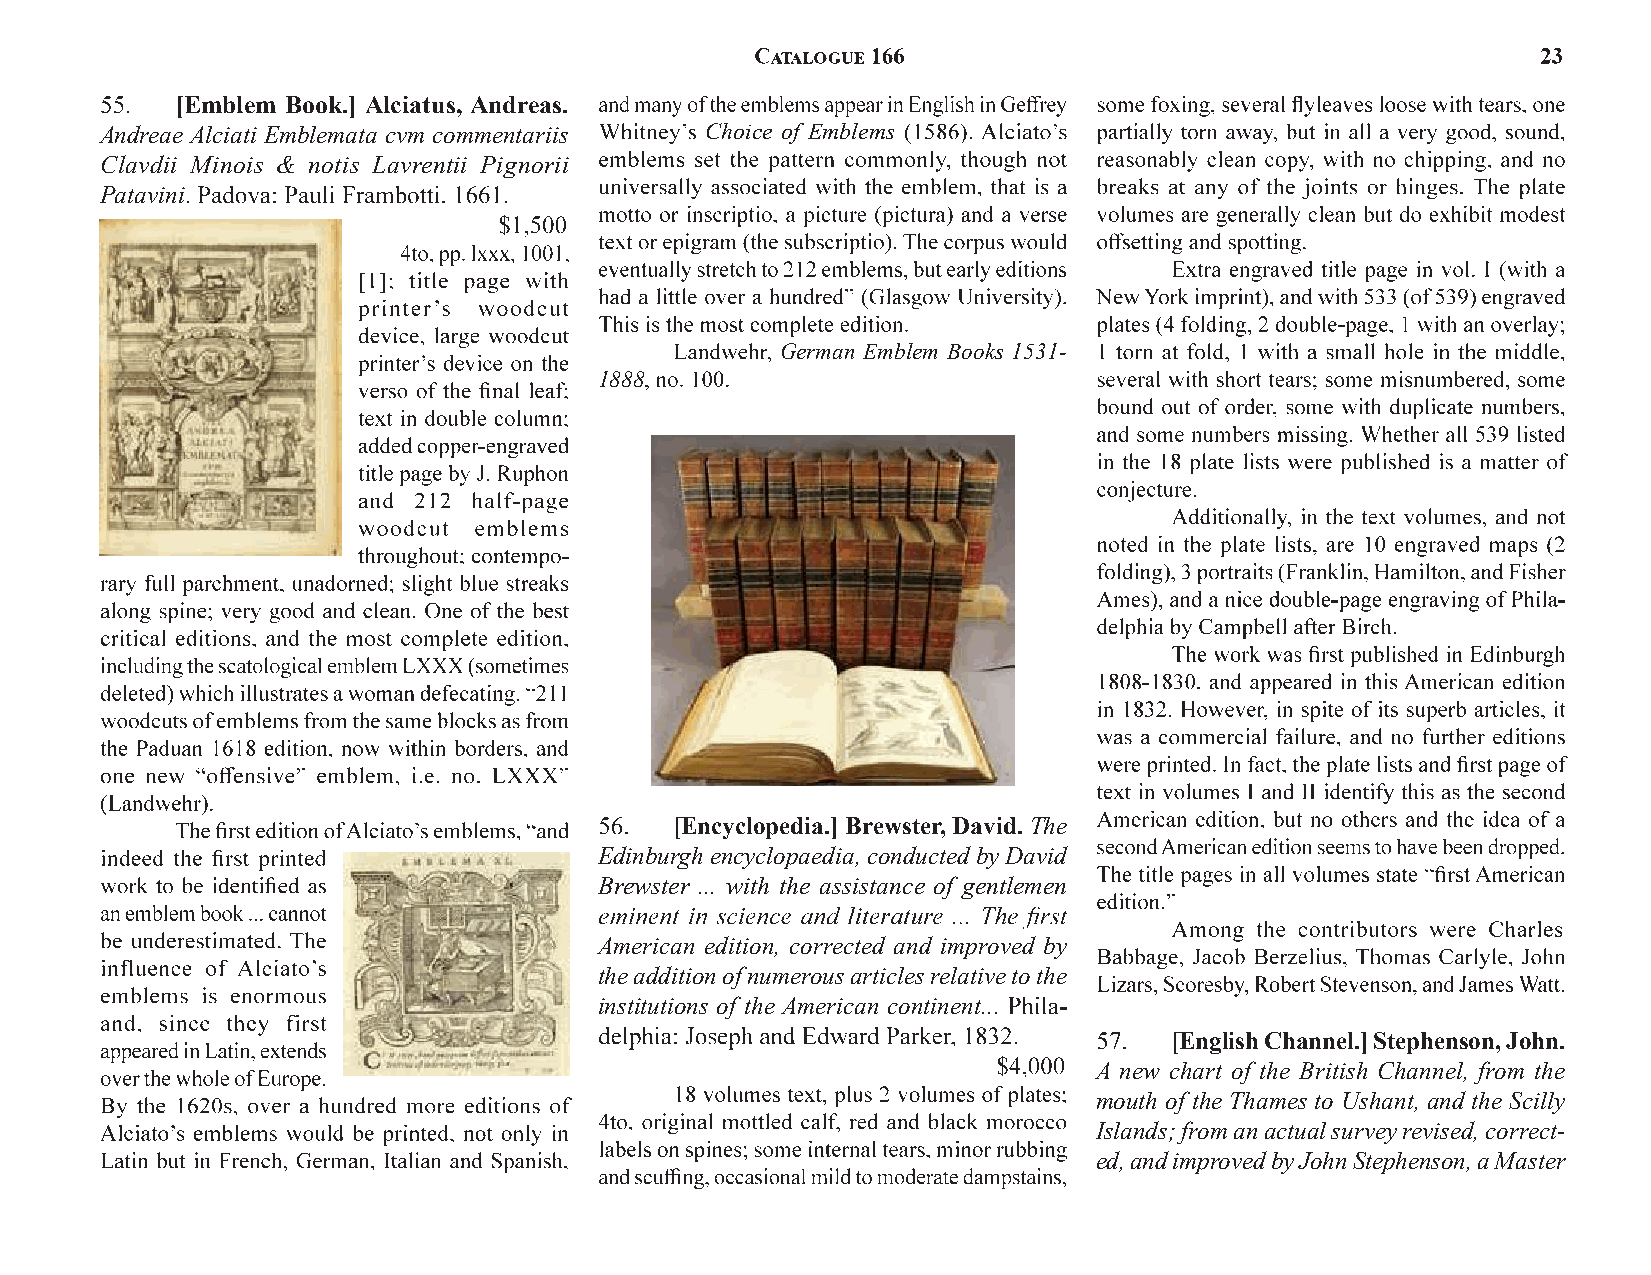
[Emblem Book.] Alciatus, Andreas.
 Andreae Alciati Emblemata cvm commentariis Choice of Emblems
 Clavdii Minois & notis Lavrentii Pignorii
 Patavini
 German Emblem Books 1531-
 1888
 [Encyclopedia.]Brewster, David. The
 Edinburgh encyclopaedia, conducted by David
 Brewster ... with the assistance of gentlemen
 American edition, corrected and improved by
 the addition of numerous articles relative to the
 institutions of the American continent...
 [English Channel.]Stephenson, John.
 A new chart of the British Channel, from the
 mouth of the Thames to Ushant, and the Scilly
 Islands; from an actual survey revised, correct-
 ed, and improved by John Stephenson, a Master